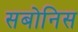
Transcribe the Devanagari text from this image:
सबोनिस